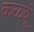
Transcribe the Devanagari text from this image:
कळवूं